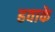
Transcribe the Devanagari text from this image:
हवाके